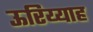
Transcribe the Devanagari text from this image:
ऊरिय्याह